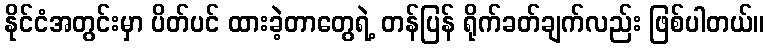
နိုင်ငံအတွင်းမှာ ပိတ်ပင် ထားခဲ့တာတွေရဲ့ တန်ပြန် ရိုက်ခတ်ချက်လည်း ဖြစ်ပါတယ်။